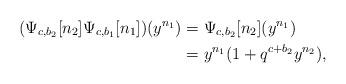
LaTeX: \begin{align*}(\Psi_{c,b_2}[n_2 ] \Psi_{c,b_1}[ n_1])(y^{n_1})&=\Psi_{c,b_2}[n_2 ](y^{n_1})\\&=y^{n_1} (1+ q^{c+b_2} y^{n_2}),\end{align*}